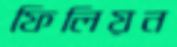
ফিলিয়ন